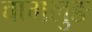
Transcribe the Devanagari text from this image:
वागलुङ